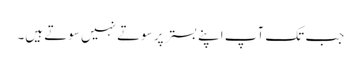
جب تک آپ اپنے بستر پر سوتے نہیں سوتے ہیں۔